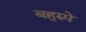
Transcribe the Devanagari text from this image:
बहुरुपे